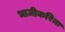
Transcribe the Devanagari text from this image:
भाजीकरिता